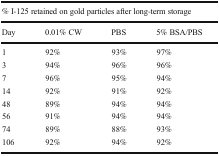
<table><thead><tr><td colspan="4"><b>% I-125 retained on gold particles after long-term storage</b></td></tr><tr><td><b>Day</b></td><td><b>0.01% CW</b></td><td><b>PBS</b></td><td><b>5% BSA/PBS</b></td></tr></thead><tbody><tr><td>1</td><td>92%</td><td>93%</td><td>97%</td></tr><tr><td>3</td><td>94%</td><td>96%</td><td>96%</td></tr><tr><td>7</td><td>96%</td><td>95%</td><td>94%</td></tr><tr><td>14</td><td>92%</td><td>91%</td><td>92%</td></tr><tr><td>48</td><td>89%</td><td>94%</td><td>94%</td></tr><tr><td>56</td><td>91%</td><td>94%</td><td>94%</td></tr><tr><td>74</td><td>89%</td><td>88%</td><td>93%</td></tr><tr><td>106</td><td>92%</td><td>94%</td><td>92%</td></tr></tbody></table>